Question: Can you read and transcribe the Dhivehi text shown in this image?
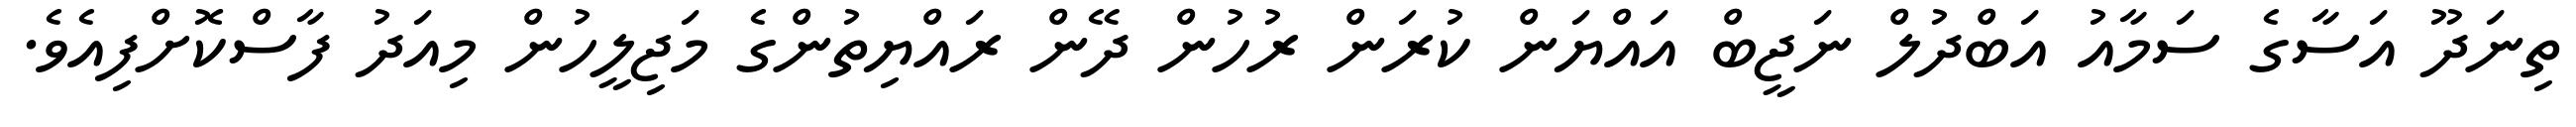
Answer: ތިނަދޫ އަސާގެ ސަމާއު އަބްދުލް ނަޖީބް އައްޔަން ކުރަން ރުހުން ދޭން ރައްޔިތުންގެ މަޖިލީހުން މިއަދު ފާސްކޮށްފިއެވެ.